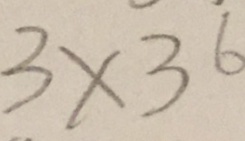
3 \times 3 6